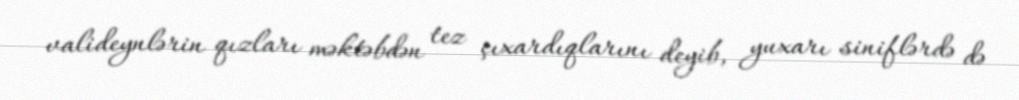
valideynlərin qızları məktəbdən tez çıxardıqlarını deyib, yuxarı siniflərdə də